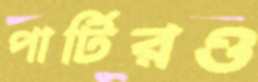
পার্টিরও